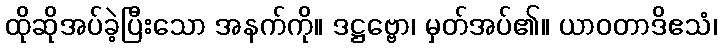
ထိုဆိုအပ်ခဲ့ပြီးသော အနက်ကို။ ဒဋ္ဌဗ္ဗော၊ မှတ်အပ်၏။ ယာဝတာဒိဧသံ၊